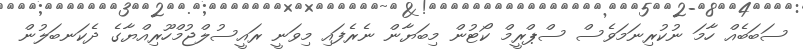
ސަބަބެއް ހާމަ ނުކުރިނަމަވެސް ސްޕްރީމް ކޯޓުން މިބަޔާން ނެރެފައި މިވަނީ ރައީސުލްޖުމްހޫރިއްޔާގެ ދެކަނބަލުން